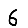
Digit: 6